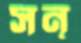
সন্